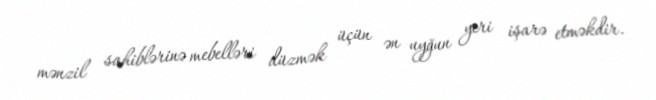
mənzil sahiblərinə mebelləri düzmək üçün ən uyğun yeri işarə etməkdir.